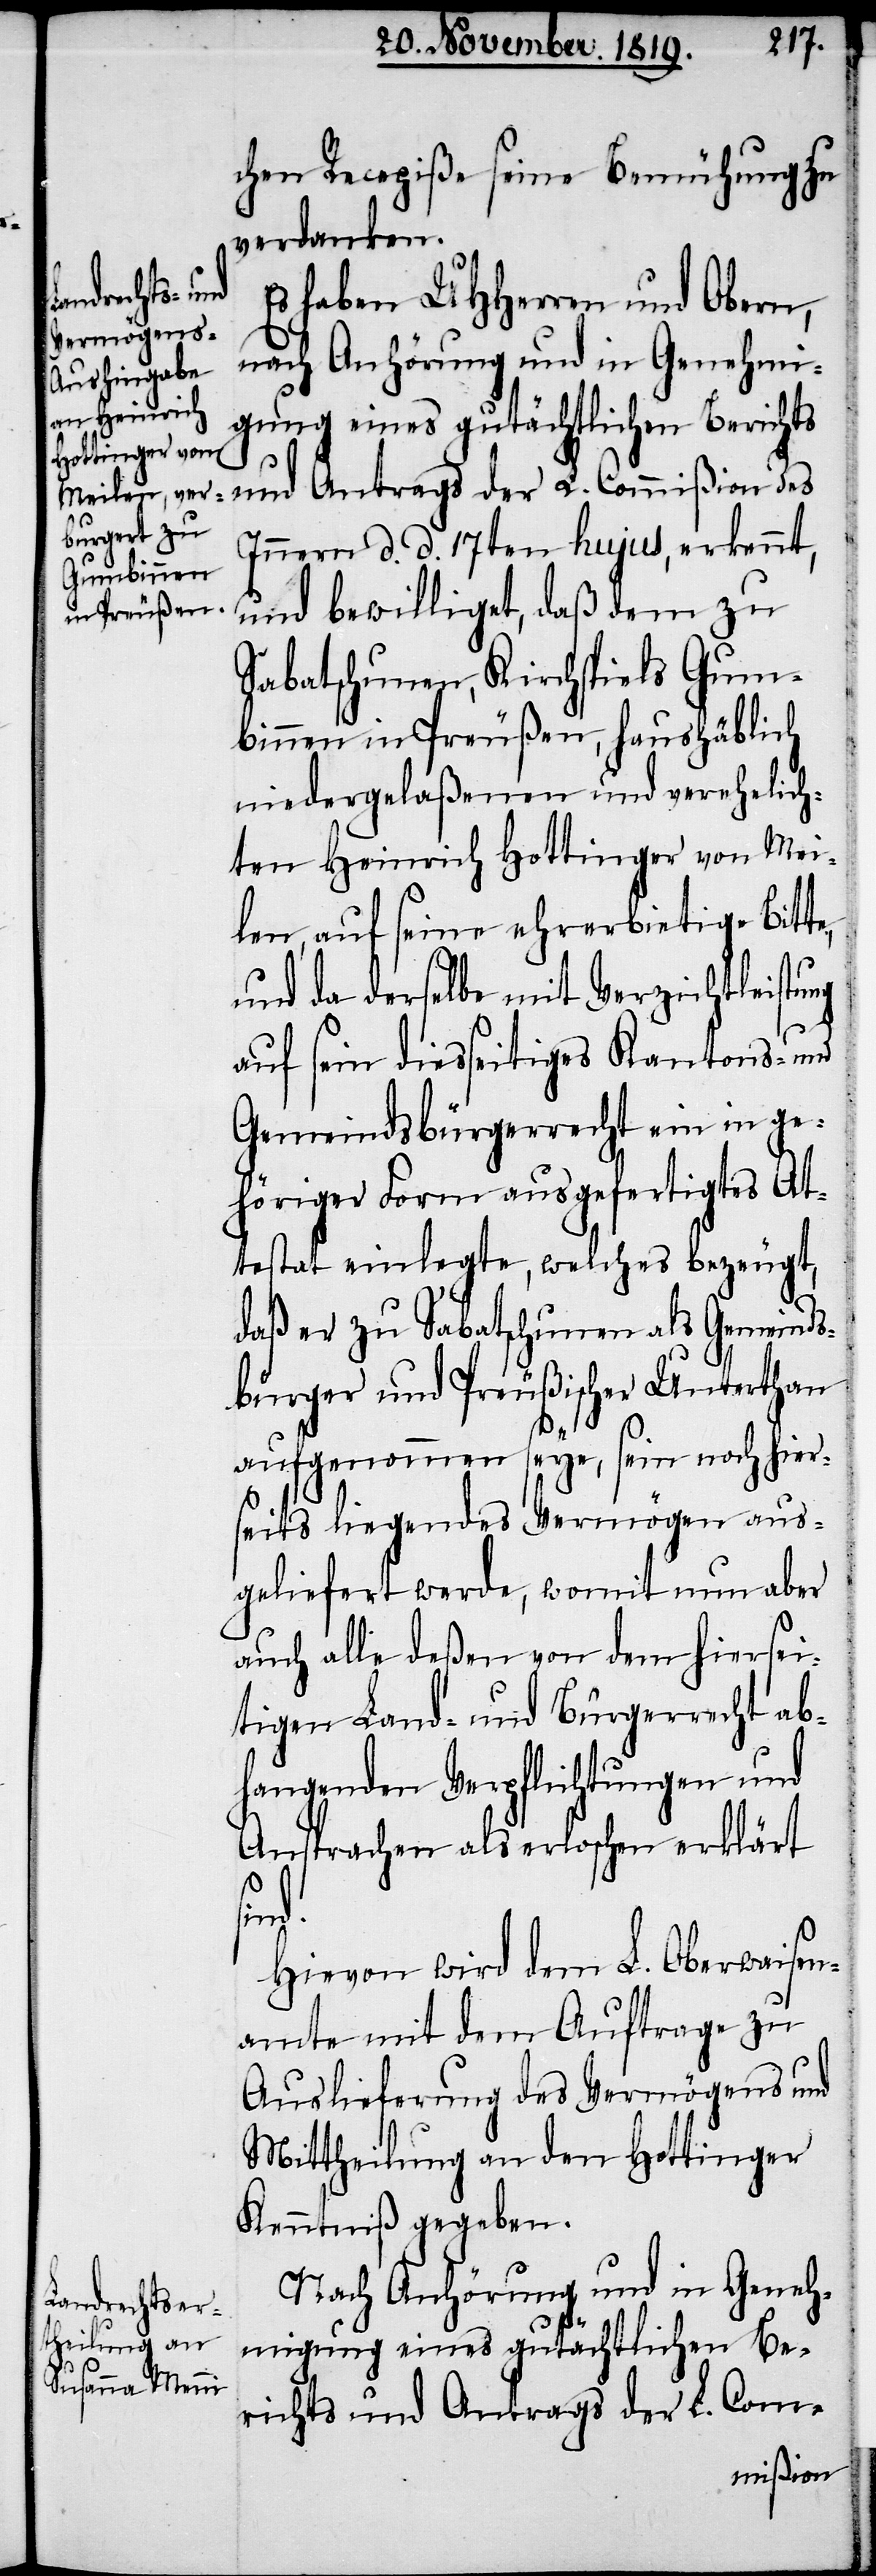
chen Recepiße seine Bemühung zu
verdanken.
Es haben UHHerren und Obern,
nach Anhörung und in Genehmi¬
gung eines gutächtlichen Berichts
und Antrags der L. Commißion des
Innern d. d. 17ten hujus, erkennt,
und bewilliget, daß dem zu
Sabatschunen, Kirchspiels Gum¬
binnen in Preußen, haushäblich
niedergelaßenen und verehelich¬
ten Heinrich Hottinger von Mei¬
len, auf seine ehrebietige Bitte,
und da derselbe mit Verzichtleistung
auf sein diesseitiges Kantons- und
Gemeindsbürgerrecht ein in ge¬
höriger Form ausgefertigtes At¬
testat einlegte, welches bezeugt,
daß er zu Sabatschunen als Gemeinds¬
bürger und Preußischer Unterthan
aufgenommen seye, sein noch hier¬
seits liegendes Vermögen aus¬
geliefert werde, womit nun aber
auch alle deßen von dem hiersei¬
tigen Land- und Bürgerrecht ab¬
hangenden Verpflichtungen und
Ansprachen als erloschen erklärt
sind.
Hievon wird dem L. Oberwaisen¬
amte mit dem Auftrage zu
Auslieferung des Vermögens und
Mittheilung an den Hottinger
Kenntniß gegeben.
Nach Anhörung und in Geneh¬
migung eines gutächtlichen Be¬
richts und Antrags der L. Com-